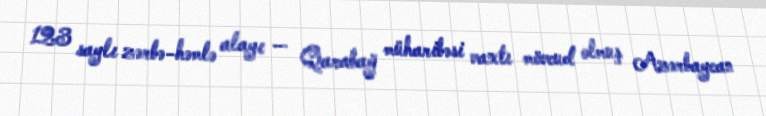
123 saylı zərbə-həmlə alayı — Qarabağ müharibəsi vaxtı mövcud olmuş Azərbaycan